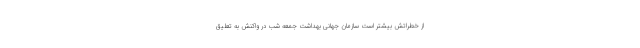
از خطراتش بیشتر است سازمان جهانی بهداشت جمعه شب در واکنش به تعلیق